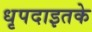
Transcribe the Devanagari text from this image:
धृपदाइतके